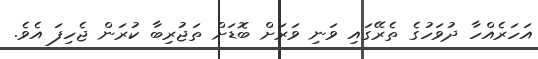
އަހަރެއްހާ ދުވަހުގެ ތެރޭގައި ވަނި ވަރަށް ބޮޑަށް ތަޖުރިބާ ކުރަން ޖެހިފަ އެވެ.